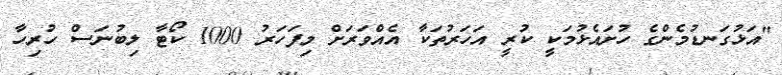
"އަޅުގަނޑުމެންގެ ހުށައެޅުމަކީ ކުރީ އަހަރުތަކާ އެއްވަރަށް މިފަހަރު 1000 ކޯޓާ ލިބުނަސް ހުރިހާ